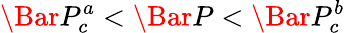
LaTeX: \Bar{P}_{c}^{a}<\Bar{P}<\Bar{P}_{c}^{b}